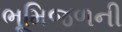
ભૂમિજળની